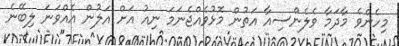
މިހެންވެ މާދަމާ ވެލެންސިއާ އަތުން މޮޅުވެއްޖެނަމަ ނިއު އަށް އަލުން އެއްވަނަ ލިބޭނެ